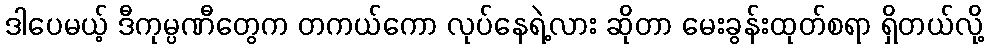
ဒါပေမယ့် ဒီကုမ္ပဏီတွေက တကယ်ကော လုပ်နေရဲ့လား ဆိုတာ မေးခွန်းထုတ်စရာ ရှိတယ်လို့